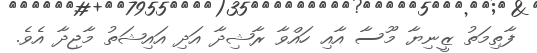
ފާތިމަތު ޒީނިޔާ މޫސާ އާއި ހައްވާ ރާޝިދާ އަދި އައިޝަތު މާޖިދާ އެވެ.